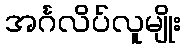
အင်္ဂလိပ်လူမျိုး